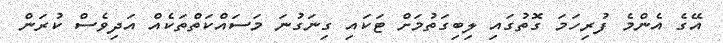
އޭގެ އެންމެ ފުރިހަމަ ގޮތުގައި ލިބިގަތުމަށް ޓަކައި ގިނަގުނަ މަސައްކަތްތަކެއް އަދިވެސް ކުރަން